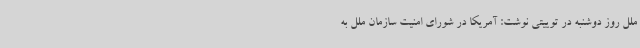
ملل روز دوشنبه در توییتی نوشت: آمریکا در شورای امنیت سازمان ملل به